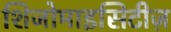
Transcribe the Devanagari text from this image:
शिजोमाइसिटीज़